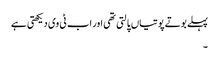
پہلے بوتے پوتیاں پالتی تھی اور اب ٹی وی دیکھتی ہے
۔